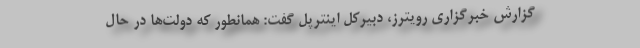
گزارش خبرگزاری رویترز، دبیرکل اینترپل گفت: همانطور که دولت‌ها در حال